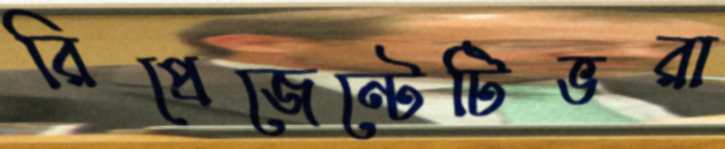
রিপ্রেজেন্টেটিভরা